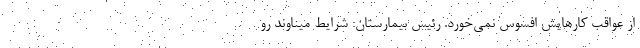
از عواقب کارهایش افسوس نمی‌خورد. رئیس بیمارستان: شرایط میناوند رو